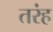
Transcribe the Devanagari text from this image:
तरंह